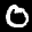
Label: 0